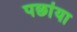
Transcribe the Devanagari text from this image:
पछांया